Indian journal of veterinary science and animal husbandry - Volume 6,
Year: 1936
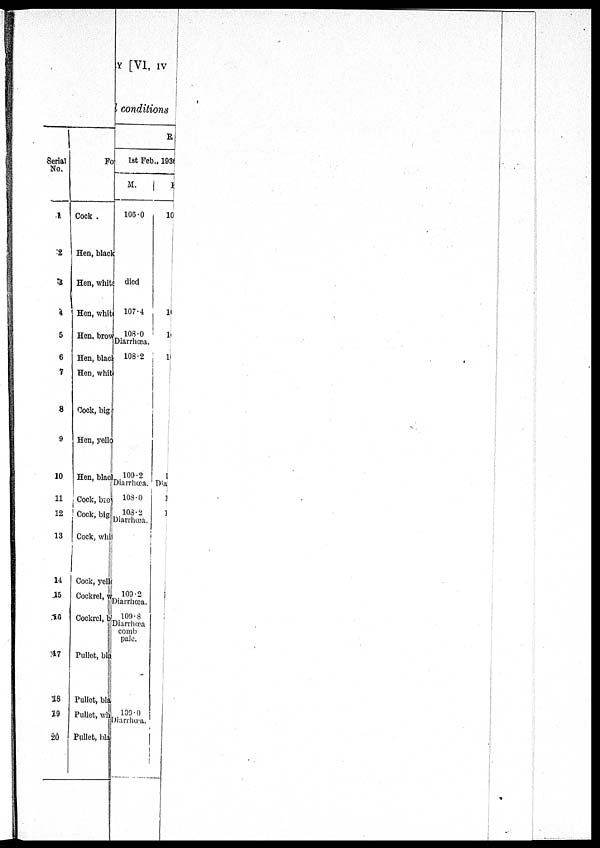
Serial
No.
1
2
3
4
5
6
7
8
9
10
11
12
13
14
15
16
17
118
19
20
Fo
Cock .
Hen, black
Hen, white
Hen, white
Hen, brown
Hen, blact
Hen, white
Cock, big
Hen, yellow
Hen, black
Cock, brown
Cock, big
Cock, white
Cock, yellow
Cockrel, white
Cockrel, b
Pullet, black
Pullet, black
Pullet, white 109.0
D
Pullet, bla
Y [VI, IV
conditions
R
1st Feb., 1936
M.
106.0
died
107.4
108.0
Diarrhœa.
108.2
109.2
"Diarrnœa.
103.0
108.2
Diarrhœa.
F
10
10
10
10
1
Dia
1
1
109.2
Marrhœa.
109.8
Diarrhœa
comb
pale.
Diarrhœa.